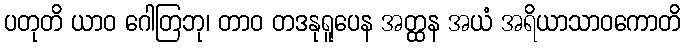
ပတုတိ ယာဝ ဂေါတြဘု၊ တာဝ တဒနုရူပေန အတ္ထန အယံ အရိယာသာဝကောတိ